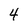
Character: 4